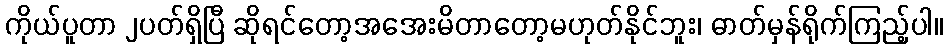
ကိုယ်ပူတာ ၂ပတ်ရှိပြီ ဆိုရင်တော့အအေးမိတာတော့မဟုတ်နိုင်ဘူး၊ ဓာတ်မှန်ရိုက်ကြည့်ပါ။